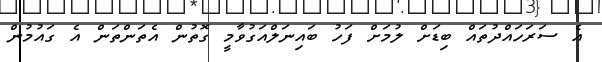
އެ ސަރަހައްދުތައް ބިޑަށް ލުމަށް ފަހު ބައިނަލްއަގުވާމީ ގޮތުން އެތަންތަން އެ ގައުމުން